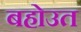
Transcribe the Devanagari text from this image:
बहोउत